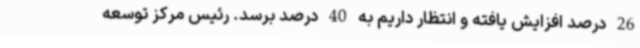
26 درصد افزایش یافته و انتظار داریم به 40 درصد برسد. رئیس مرکز توسعه